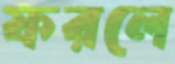
ফরলে